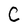
Character: C